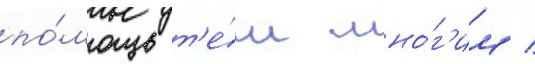
по́мощь т'е́м мно́г'им /